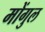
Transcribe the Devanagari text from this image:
मोंगुल